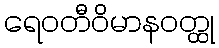
ရေဝတီဝိမာနဝတ္ထု